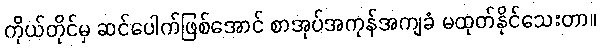
ကိုယ်တိုင်မှ ဆင်ပေါက်ဖြစ်အောင် စာအုပ်အကုန်အကျခံ မထုတ်နိုင်သေးတာ။